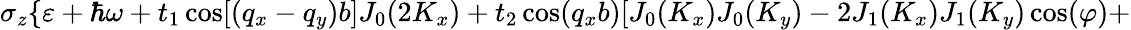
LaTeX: \sigma_{z}\{ \varepsilon+\hbar\omega+t_{1}\cos[(q_{x}-q_{y})b]J_{0}(2K_{x})+t_{2}\cos(q_{x}b)[J_{0}(K_{x})J_{0}(K_{y})-2J_{1}(K_{x})J_{1}(K_{y})\cos(\varphi)+